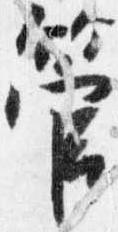
管